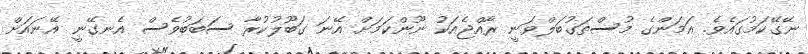
ނޭގޭކަމުގައެވެ. އަމަންގެ މުސްތަގުބަލްވަނީ ރާއްޖެއަކު ނޫންކަމަށް އޭނަ ގަބޫލުކުރާ ސަބަބުވެސް އެނގޭނީ އޭނައަށް